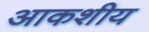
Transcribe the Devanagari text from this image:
आकशीय